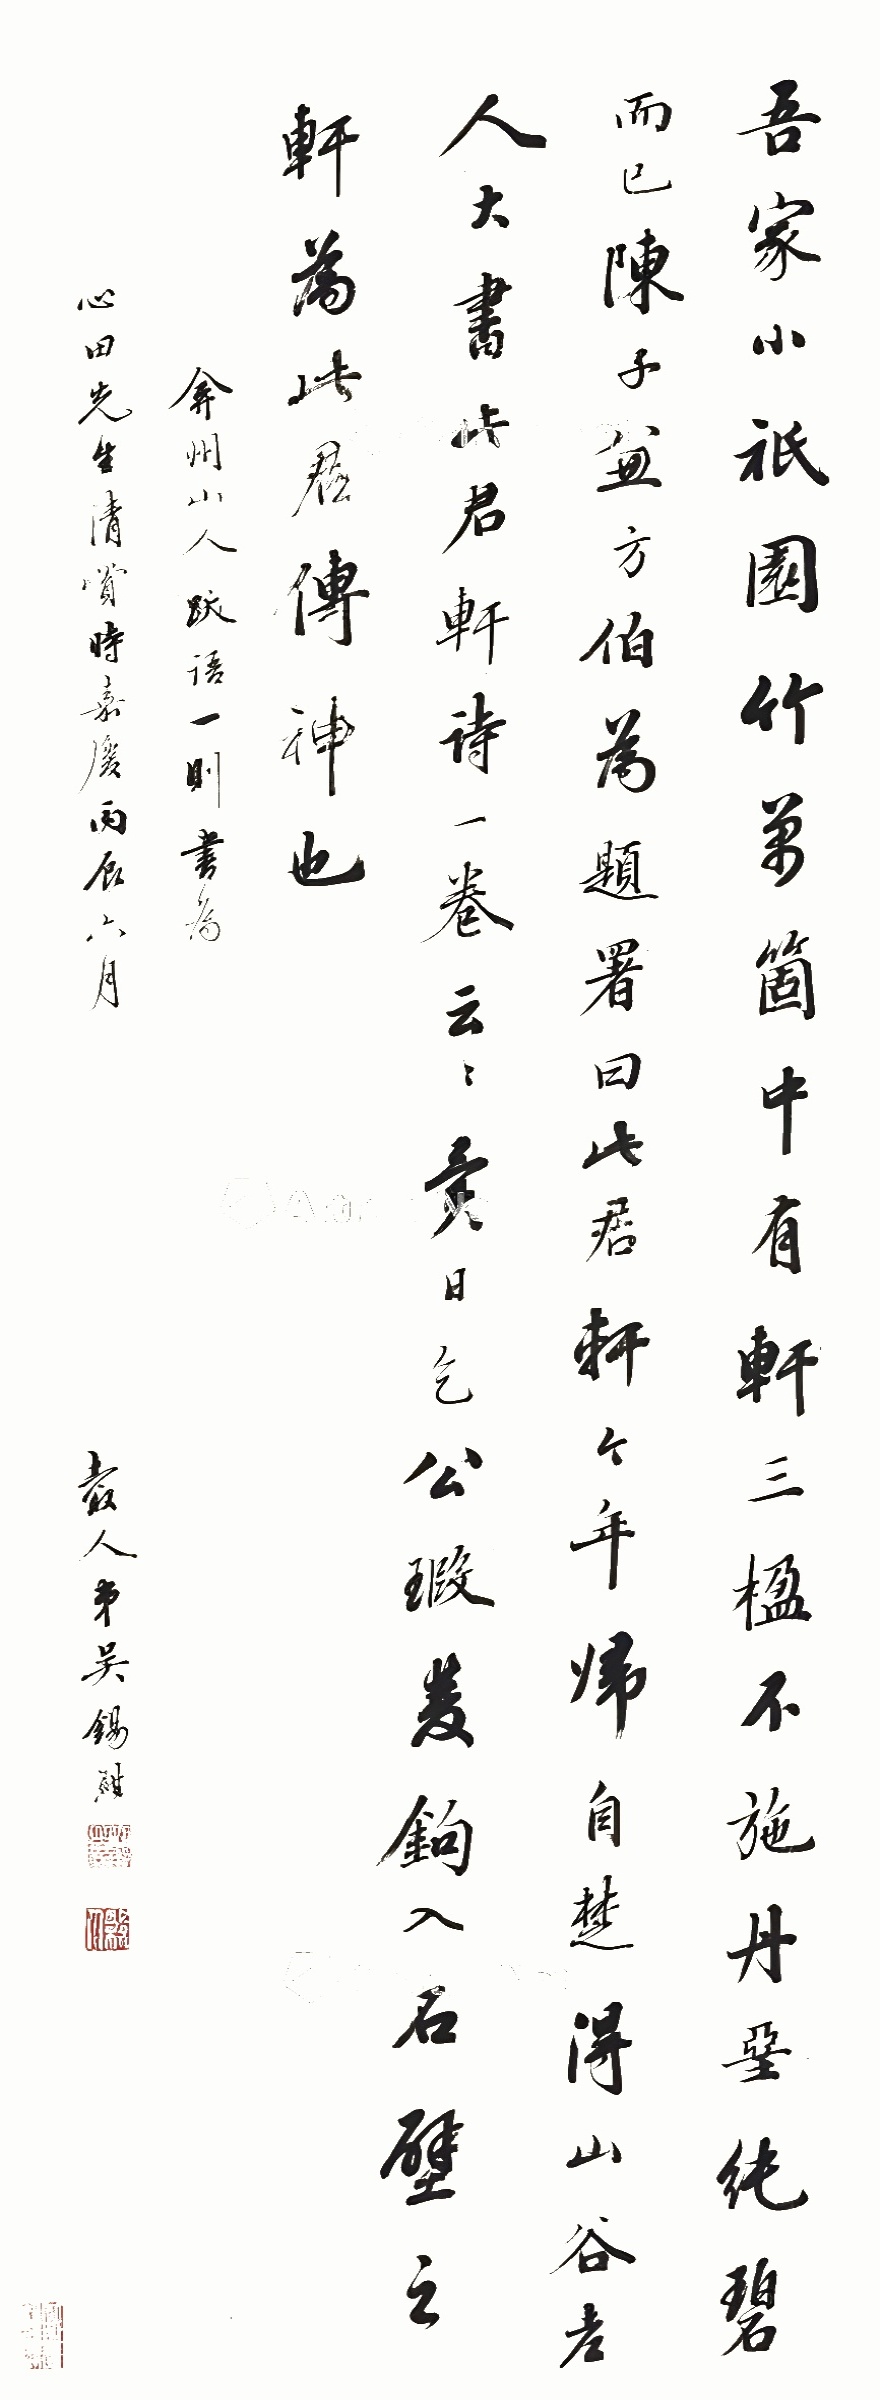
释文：吾家小祇园，竹万个中有轩三楹，不施丹垩，纯碧而已。陈子兼方伯为题署曰，此君轩。今年归自楚，得山谷老人大书此君轩诗一卷云云。异日，乞公瑕双钩入石壁之轩，为此君传神也。弇州山人跃语一则，书为心田先生清赏。时嘉庆丙辰六月，谷人弟吴锡麒。